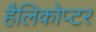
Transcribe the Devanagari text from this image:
हैलिकोप्टर